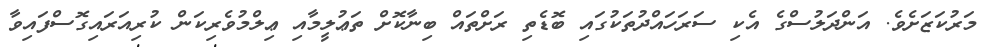
މަރުކަޒަށެވެ. އަންދަލުސްގެ އެކި ސަރަހައްދުތަކުގައި ބޮޑެތި ރަށްތައް ބިނާކޮށް ތަޢުލީމާއި ޢިލްމުވެރިކަން ކުރިއަރައިގޮސްފައިވާ